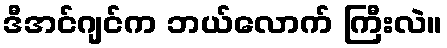
ဒီအင်ဂျင်က ဘယ်လောက် ကြီးလဲ။